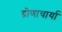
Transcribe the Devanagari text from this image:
द्रोणाचार्या